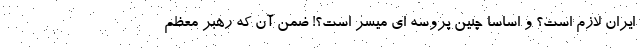
ایران لازم است؟ و اساساً چنین پروسه ای میسر است؟! ضمن آن که رهبر معظم